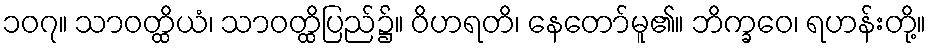
၁၀၇။ သာဝတ္ထိယံ၊ သာဝတ္ထိပြည်၌။ ဝိဟရတိ၊ နေတော်မူ၏။ ဘိက္ခဝေ၊ ရဟန်းတို့။